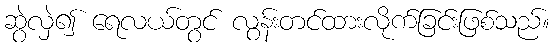
ဆွဲလှဲ၍ ရေလယ်တွင် လွန်းတင်ထားလိုက်ခြင်းဖြစ်သည်။